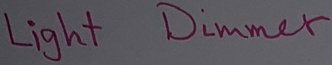
Text: Light Dimmer